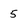
Character: 5